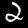
Label: 2